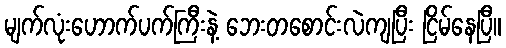
မျက်လုံးဟောက်ပက်ကြီးနဲ့ ဘေးတစောင်းလဲကျပြီး ငြိမ်နေပြီ။